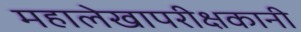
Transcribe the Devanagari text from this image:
महालेखापरीक्षकानी